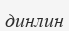
динлин